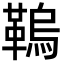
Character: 𩌗